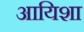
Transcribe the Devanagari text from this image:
आयिशा